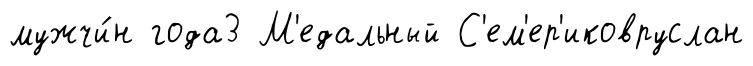
мужчи́н года3 М'едальный С'ем'ер'иковруслан